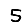
Digit: 5